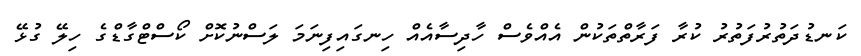
ކަނޑުދަތުރުފަތުރު ކުރާ ފަރާތްތަކުން އެއްވެސް ހާދިސާއެއް ހިނގައިފިނަމަ ލަސްނުކޮށް ކޯސްޓްގާޑްގެ ހިލޭ ގުޅޭ